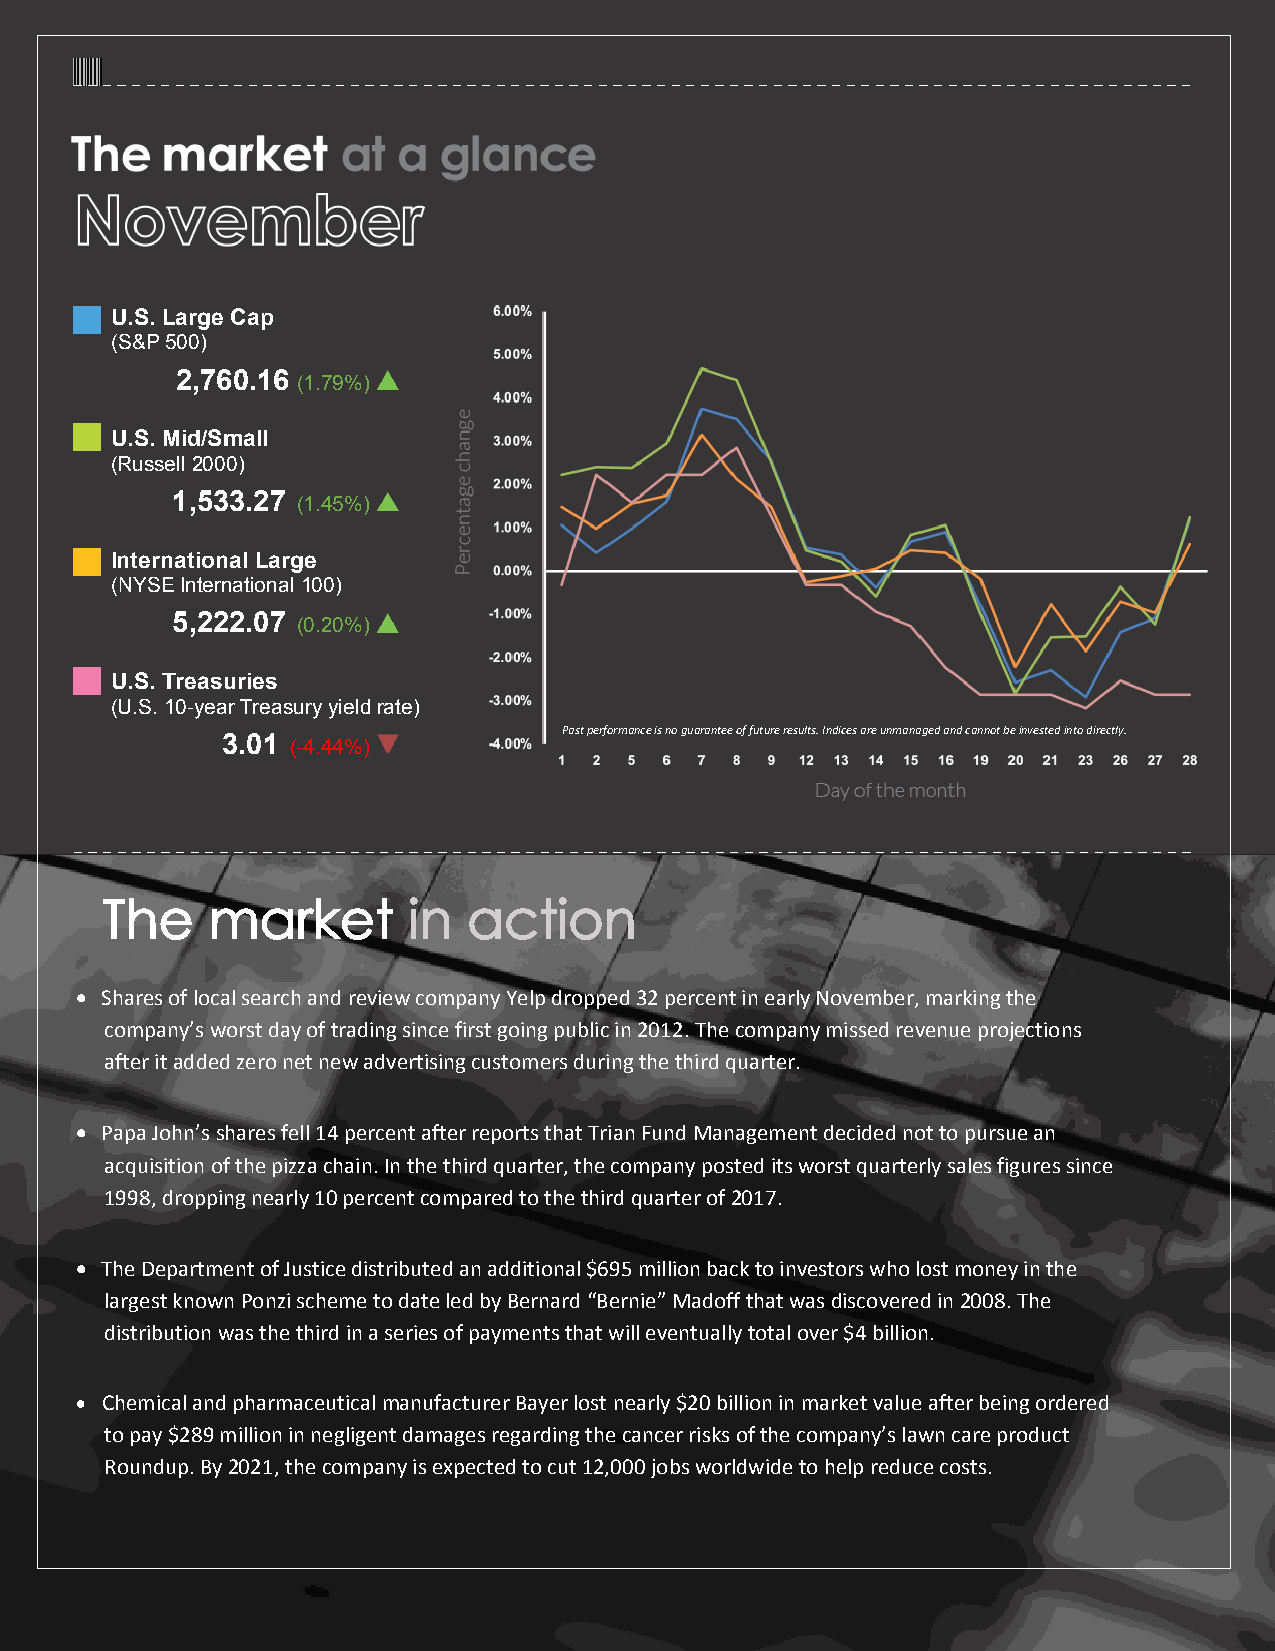
U.S. Large Cap
 (S&P 500)
 2,760.16
 (1.79%)
 U.S. Mid/Small
 (Russell 2000)
 1,533.27
 (1.45%)
 International Large
 (NYSE International 100)
 5,222.07
 (0.20%)
 U.S. Treasuries
 (U.S. 10-year Treasury yield rate)
 3.01                  Past performance is no guarantee of future results. Indices are unmanaged and cannot be invested into directly.
 (-4.44%)
 The    market       in  action
  Shares of local search and review company Yelp dropped 32 percent in early November, marking the
 company’s worst day of trading since first going public in 2012. The company missed revenue projections
 after it added zero net new advertising customers during the third quarter.
  Papa John’s shares fell 14 percent after reports that Trian Fund Management decided not to pursue an
 acquisition of the pizza chain. In the third quarter, the company posted its worst quarterly sales figures since
 1998, dropping nearly 10 percent compared to the third quarter of 2017.
  The Department of Justice distributed an additional $695 million back to investors who lost money in the
 largest known Ponzi scheme to date led by Bernard “Bernie” Madoff that was discovered in 2008. The
 distribution was the third in a series of payments that will eventually total over $4 billion.
  Chemical and pharmaceutical manufacturer Bayer lost nearly $20 billion in market value after being ordered
 to pay $289 million in negligent damages regarding the cancer risks of the company’s lawn care product
 Roundup. By 2021, the company is expected to cut 12,000 jobs worldwide to help reduce costs.